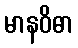
မာနဝိဓာ